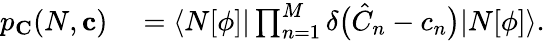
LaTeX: \begin{array}{rl}{p_{\mathbf{C}}(N,\mathbf{c})}&{{}=\langle N[\phi]|\prod_{n=1}^{M}\delta\bigl(\hat{C}_{n}-{c}_{n}\bigr)|N[\phi]\rangle.}\end{array}